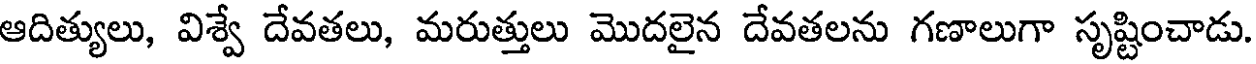
ఆదిత్యులు, విశ్వే దేవతలు, మరుత్తులు మొదలైన దేవతలను గణాలుగా సృష్టించాడు